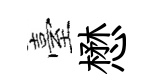
臺懋